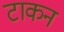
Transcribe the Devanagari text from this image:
टाकन